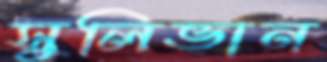
সুলিভান